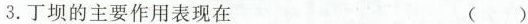
3.丁坝的主要作用表现在 ()